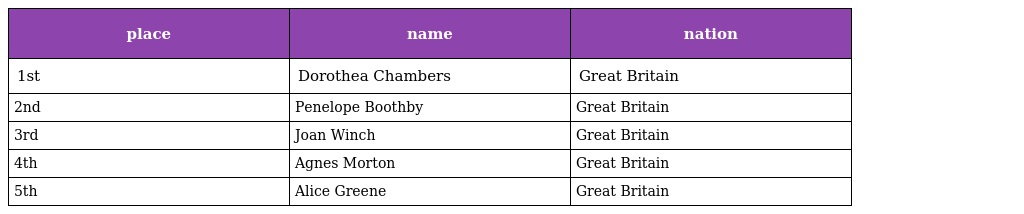
| place | name | nation |
 | --- | --- | --- |
 | 1st | Dorothea Chambers | Great Britain |
 | 2nd | Penelope Boothby | Great Britain |
 | 3rd | Joan Winch | Great Britain |
 | 4th | Agnes Morton | Great Britain |
 | 5th | Alice Greene | Great Britain |